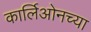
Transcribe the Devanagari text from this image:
कार्लिओनच्या